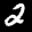
Label: 2